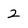
Character: 2